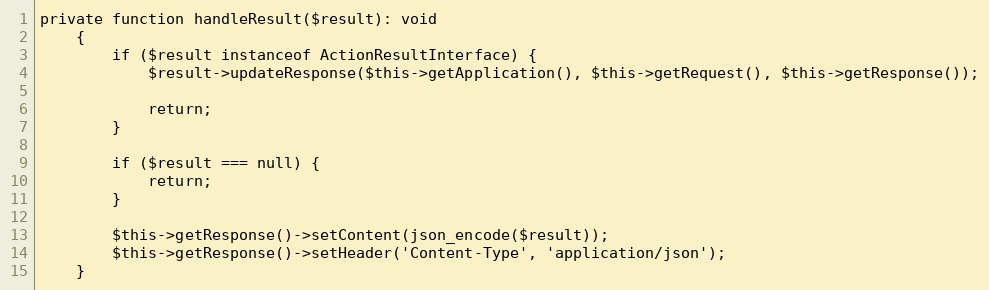
Language: PHP
private function handleResult($result): void
    {
        if ($result instanceof ActionResultInterface) {
            $result->updateResponse($this->getApplication(), $this->getRequest(), $this->getResponse());

            return;
        }

        if ($result === null) {
            return;
        }

        $this->getResponse()->setContent(json_encode($result));
        $this->getResponse()->setHeader('Content-Type', 'application/json');
    }